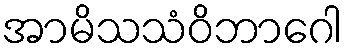
အာမိသသံဝိဘာဂေါ